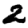
Digit: 2